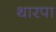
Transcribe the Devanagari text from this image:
थारपा